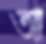
আ